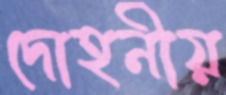
দোহনীয়